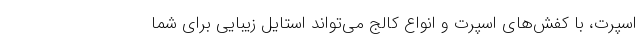
اسپرت، با کفش‌های اسپرت و انواع کالج می‌تواند استایل زیبایی برای شما